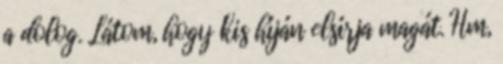
a dolog. Látom, hogy kis híján elsírja magát. Hm,